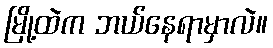
မြို့ထဲက ဘယ်နေရာမှာလဲ။